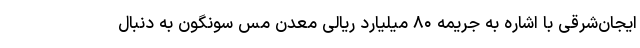
ایجان‌شرقی با اشاره به جریمه ۸۰ میلیارد ریالی معدن مس سونگون به دنبال